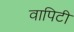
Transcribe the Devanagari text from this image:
वापिटी